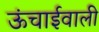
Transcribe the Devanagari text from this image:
ऊंचाईवाली